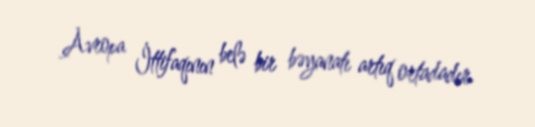
Avropa İttifaqının belə bir bəyanatı artıq ortadadır.